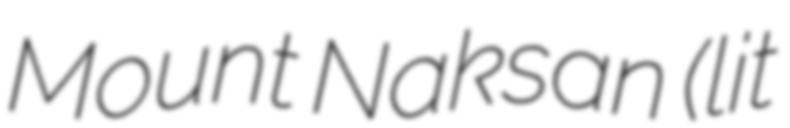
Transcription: Mount Naksan (lit